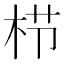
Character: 栉